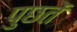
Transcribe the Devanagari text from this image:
पुछतें